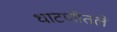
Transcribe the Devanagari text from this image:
धाटणीतले